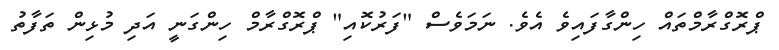
ޕްރޮގްރާމްތައް ހިންގާފައިވެ އެވެ. ނަމަވެސް "ފަރުކޮއި" ޕްރޮގްރާމް ހިންގަނީ އަދި މުޅިން ތަފާތު